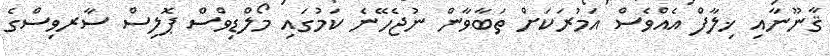
ޤާނޫނާއި ޚިލާފް އެއްވެސް އަމުރަކަށް ތަބާވާން ނުޖެހޭނެ ކަމުގައި މޯލްޑިވްސް ޕޮލިސް ސާރވިސްގެ